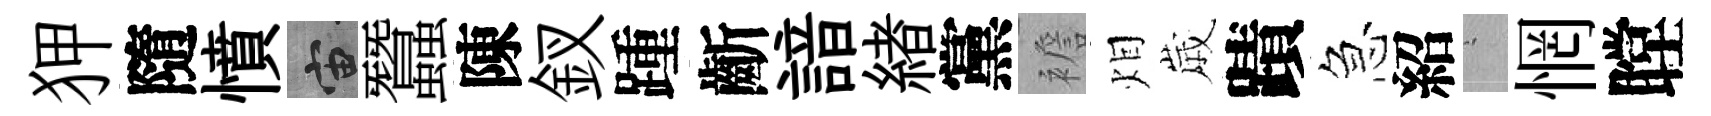
狎隨憤宙蠶陳釵踵齗諳緖黨襜𤇆𡻕蹟急紹搖惘瞠